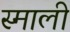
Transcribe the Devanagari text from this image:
स्माली